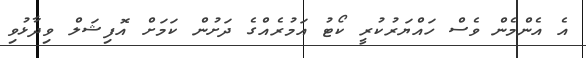
އެ އެންމެން ވެސް ހައްޔަރުކުރީ ކޯޓު އަމުރެއްގެ ދަށުން ކަމަށް އޮފިޝަލް ވިދާޅުވި